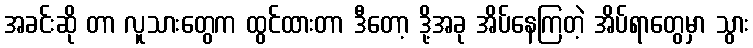
အခင်းဆို တာ လူသားတွေက ထွင်ထားတာ ဒီတော့ ဒို့အခု အိပ်နေကြတဲ့ အိပ်ရာတွေမှာ သွား